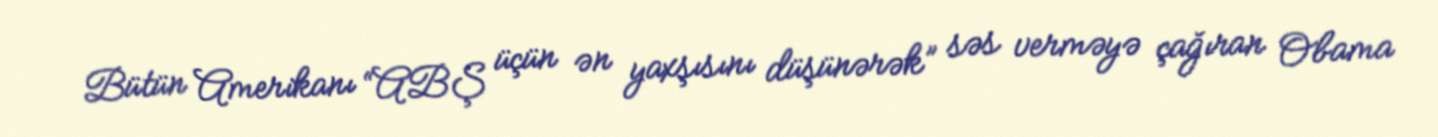
Bütün Amerikanı “ABŞ üçün ən yaxşısını düşünərək” səs verməyə çağıran Obama